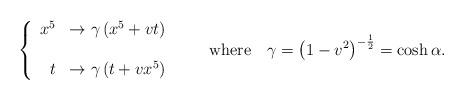
LaTeX: \begin{align*}\left\{\begin{array}{rl}x^5 &\rightarrow\gamma\left(x^5+vt\right) \\ & \\t &\rightarrow\gamma\left(t+vx^5\right)\end{array}\right.\qquad{\rm where}\quad \gamma=\left(1-v^2\right)^{-{1\over2}}=\cosh\alpha.\end{align*}